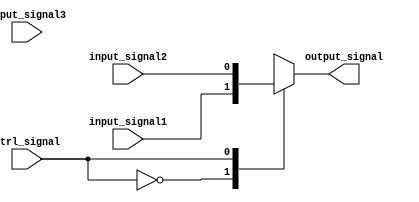
module IO_Buffer (
  input wire input_signal1,
  input wire input_signal2,
  input wire input_signal3,
  input wire ctrl_signal,
  output reg output_signal
);

always @(ctrl_signal)
begin
  case(ctrl_signal)
    2'b00: output_signal <= input_signal1;
    2'b01: output_signal <= input_signal2;
    2'b10: output_signal <= input_signal3;
    default: output_signal <= 1'bz; // high impedance state
  endcase
end

endmodule